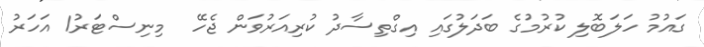
ގައުމު ހަލަބޮލި ކުރުމުގެ ބަދަލުގައި އިގްތިސާދު ކުރިއަރުވަން ޖެހޭ  މިނިސްޓަރު1 އަހަރު